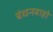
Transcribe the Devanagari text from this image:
बंधनबाहो